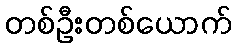
တစ်ဦးတစ်ယောက်